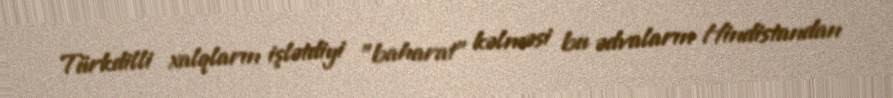
Türkdilli xalqların işlətdiyi "baharat" kəlməsi bu ədvaların Hindistandan